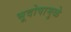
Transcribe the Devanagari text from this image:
भूदोषामुळे